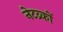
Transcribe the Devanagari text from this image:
नेटव्र्कों